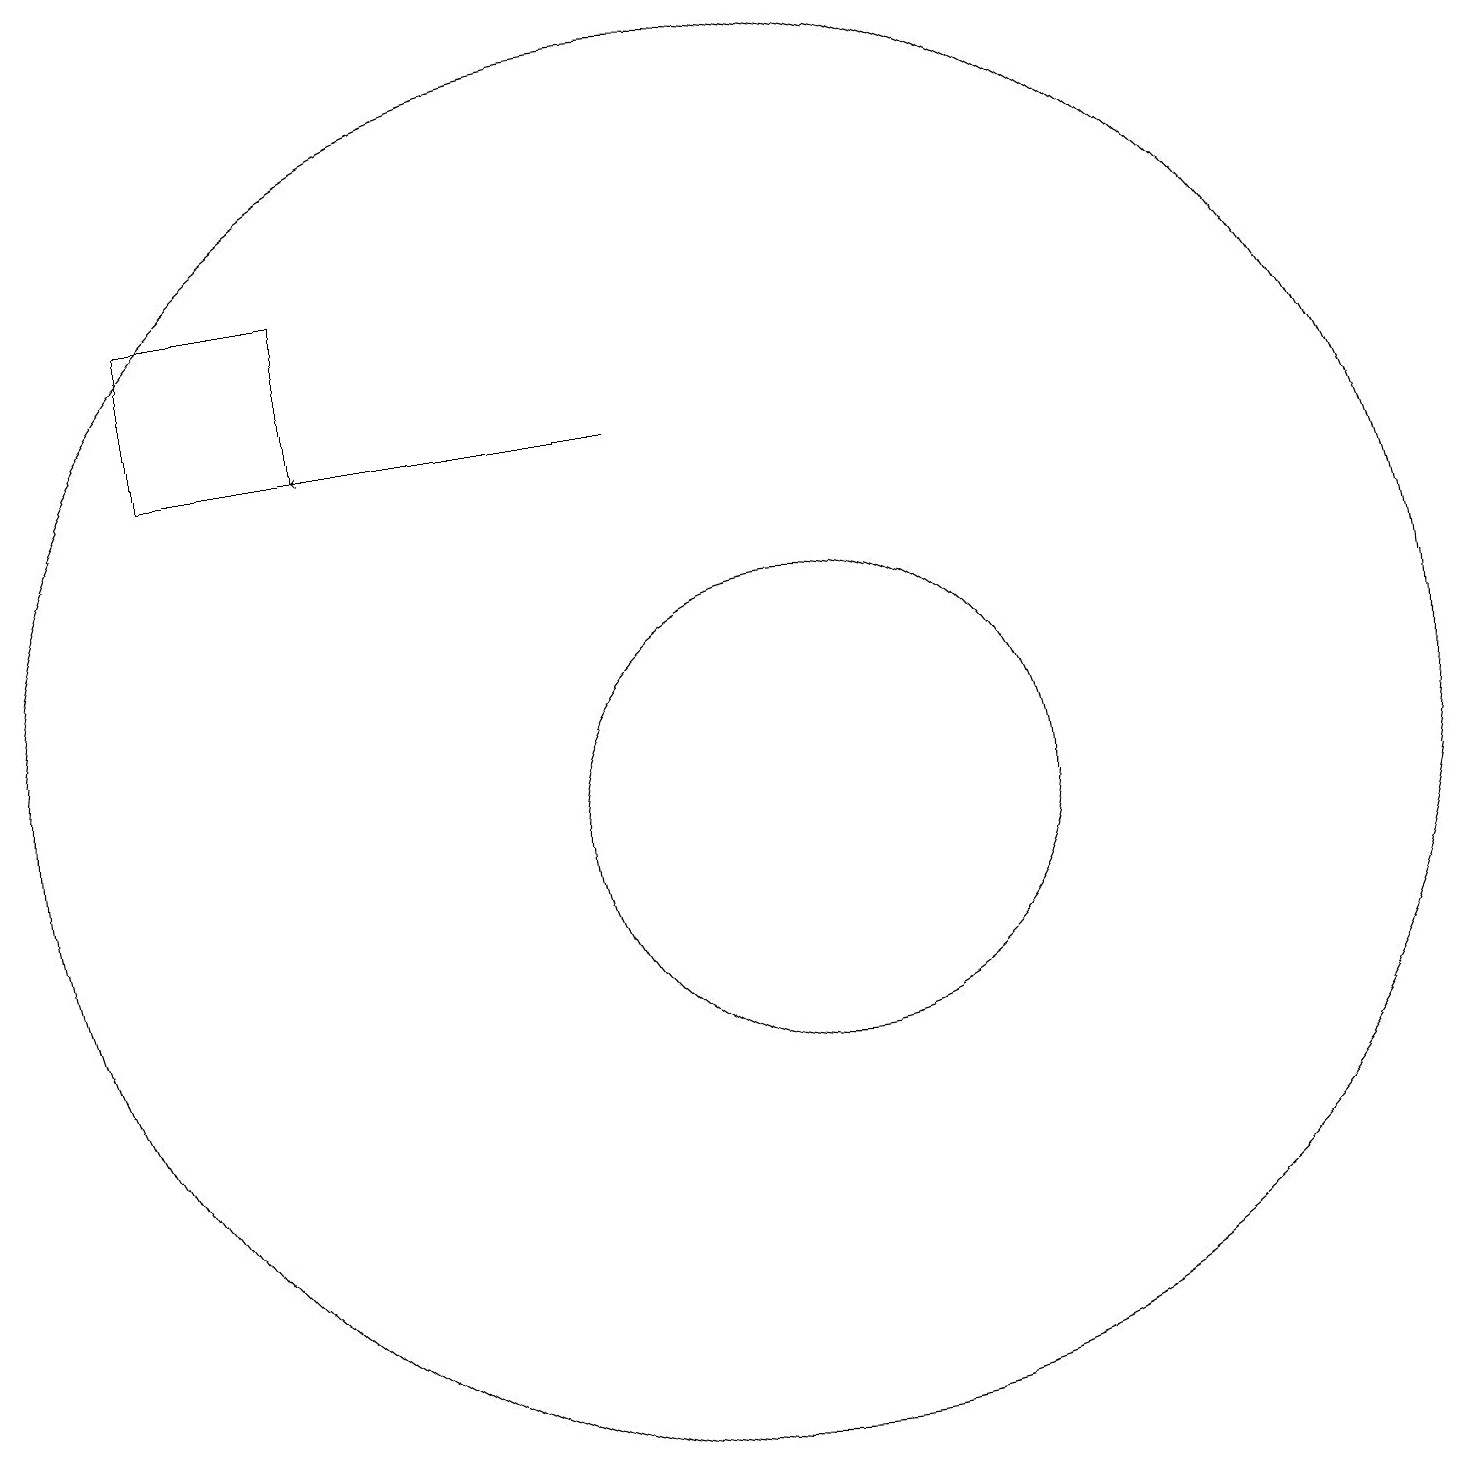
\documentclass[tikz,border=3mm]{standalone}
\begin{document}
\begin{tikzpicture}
\draw[->] (9,15) -- (5,15);
\draw (11,10) circle (3);
\draw (3,15) rectangle (5,17);
\draw (10,11) circle (9);
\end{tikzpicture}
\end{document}